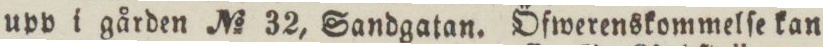
upp i gården No 32, Sandgatan. Öfwerenskommelſe kan